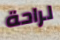
لراحة